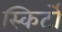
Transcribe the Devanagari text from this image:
स्किर्टों